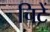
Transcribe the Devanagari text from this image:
चिटें